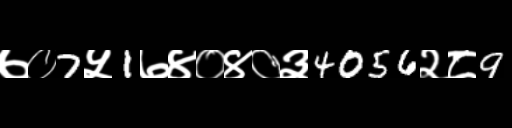
Text: ७०7५1७४०४०३4056२८9